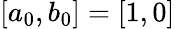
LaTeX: [a_{0},b_{0}]=[1,0]